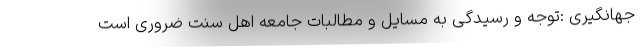
جهانگیری :توجه و رسیدگی به مسایل و مطالبات جامعه اهل سنت ضروری است